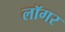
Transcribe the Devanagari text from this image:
लॉगर